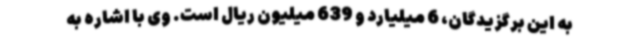
به این برگزیدگان، 6 میلیارد و 639 میلیون ریال است. وی با اشاره به